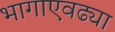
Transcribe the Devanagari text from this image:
भागाएवढ्या